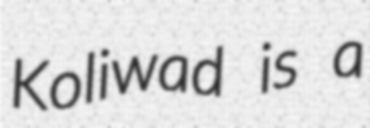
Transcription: Koliwad is a